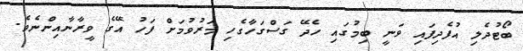
ބޯޓުދެލި އުފެދިފައި ވަނީ ބިމުގައި ހެދޭ ގަސްގަހާގެހި މަރުވުމަށް ފަހު އޭގެ ވީރާނާއިންނެވެ.